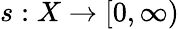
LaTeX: s:X\to[0,\infty)